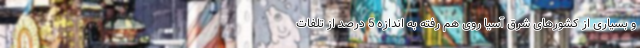
و بسیاری از کشورهای شرق آسیا روی هم رفته به اندازه 5 درصد از تلفات